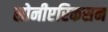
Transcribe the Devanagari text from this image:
सोनीएरिकसन